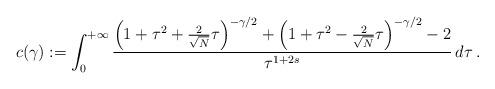
LaTeX: \begin{align*}c(\gamma):=\int_0^{+\infty}\frac{\left(1+\tau^2+\frac{2}{\sqrt{N}}\tau\right)^{-\gamma/2}+\left(1+\tau^2-\frac{2}{\sqrt{N}}\tau\right)^{-\gamma/2}-2}{\tau^{1+2s}}\,d\tau\,.\end{align*}